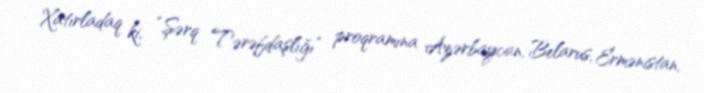
Xatırladaq ki, “Şərq Tərəfdaşlığı” proqramına Azərbaycan, Belarus, Ermənistan,